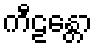
ကီဠန္တော